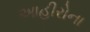
આહીરોના